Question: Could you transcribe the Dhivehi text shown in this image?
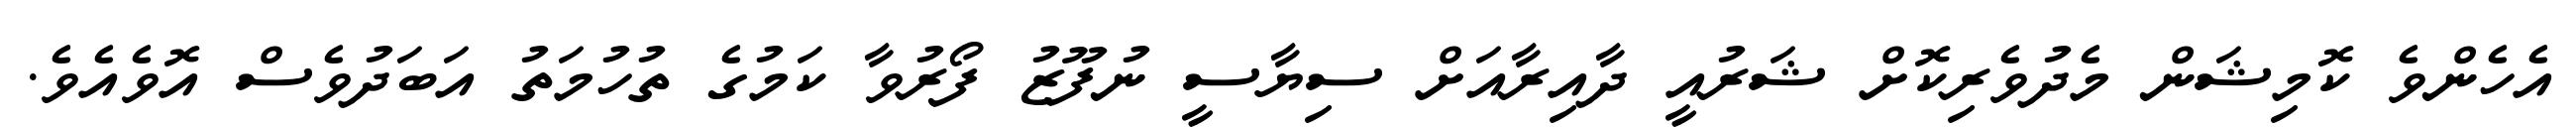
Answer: އެހެންވެ ކޮމިޝަން މެދުވެރިކޮށް ޝަރުއީ ދާއިރާއަށް ސިޔާސީ ނުފޫޒު ފޯރުވާ ކަމުގެ ތުހުމަތު އަބަދުވެސް އޮވެއެވެ.